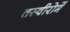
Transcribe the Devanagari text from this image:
तस्वीरोमें